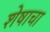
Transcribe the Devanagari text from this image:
शेषाचा